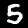
Digit: 5